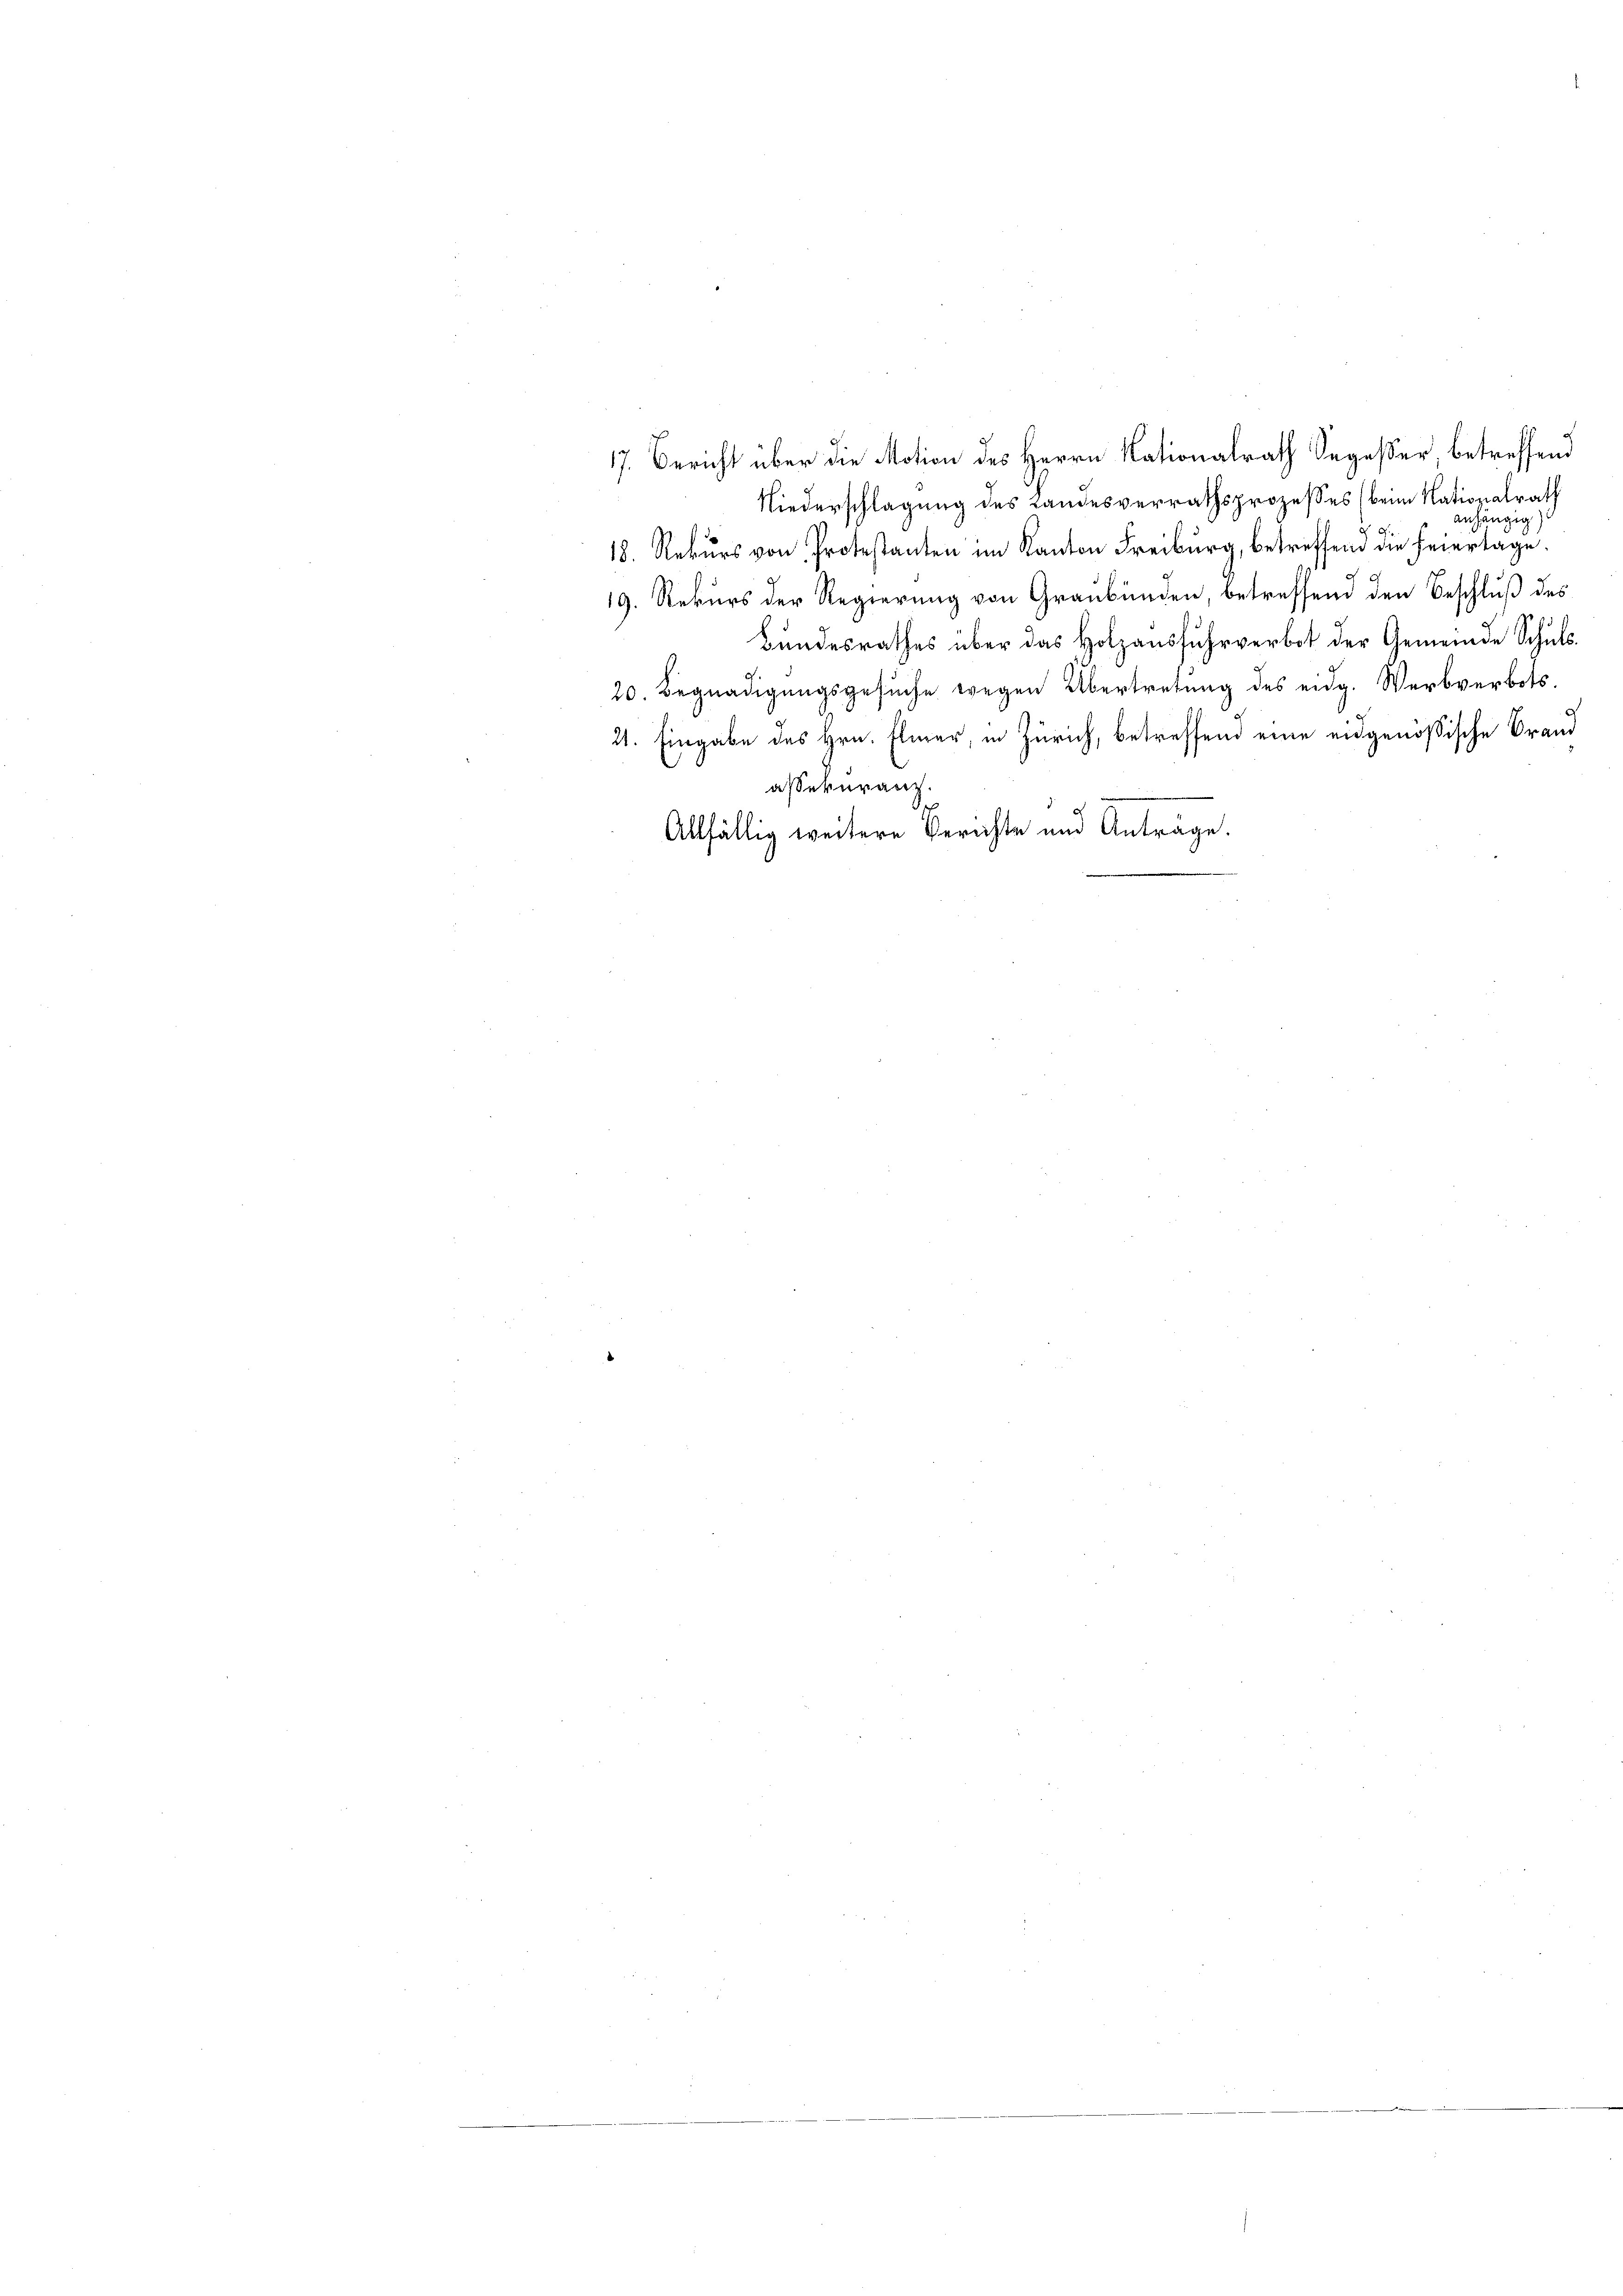
Niederschlagung des Landesverrathsprozesses (beim Nationalrath
anhängig
F
18. Rekurs von Protestanten im Kanton Freiburg, betreffend die Feiertage.
19. Rekurs der Regierung von Graubünden, betreffend den Beschluß des
21
e
Bundesrathes über das Holzausfuhrverbot der Gemeinde Schuls.
20. Begnadigungsgesuche wegen Übertretung des eidg. Werbverbots.
21. Eingabe des Hrn. Elmer, in Zürich, betreffend eine eidgenößische Brand
assekuranz.
7
Allfällig weitere Berichte und Anträge.

17. Bericht über die Motion des Herrn Nationalrath Segesser, betreffend